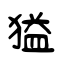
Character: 獈